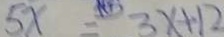
5 x = 3 x + 1 2